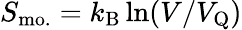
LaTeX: S_{\mathrm{mo.}}=k_{\mathrm{B}}\ln(V/V_{\mathrm{Q}})